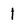
Character: 1